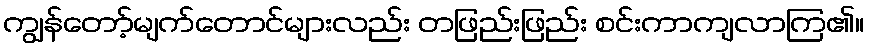
ကျွန်တော့်မျက်တောင်များလည်း တဖြည်းဖြည်း စင်းကာကျလာကြ၏။